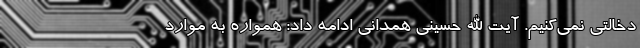
دخالتی نمی‌کنیم. آیت الله حسینی همدانی ادامه داد: همواره به موارد